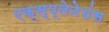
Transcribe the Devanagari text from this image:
एक्स्प्लेनेशंस